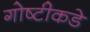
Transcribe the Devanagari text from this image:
गोष्टीकडे